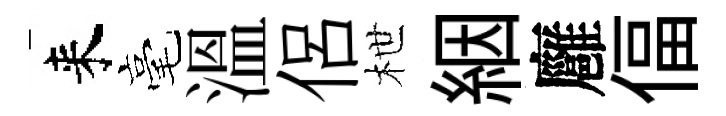
来毫溫侶枻絪廱偪